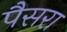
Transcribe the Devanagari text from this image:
पैसरा